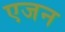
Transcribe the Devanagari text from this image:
एजन